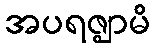
အပရဇ္ဈာမိ